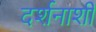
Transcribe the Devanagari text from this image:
दर्शनाशी